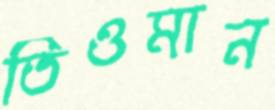
তিওমান